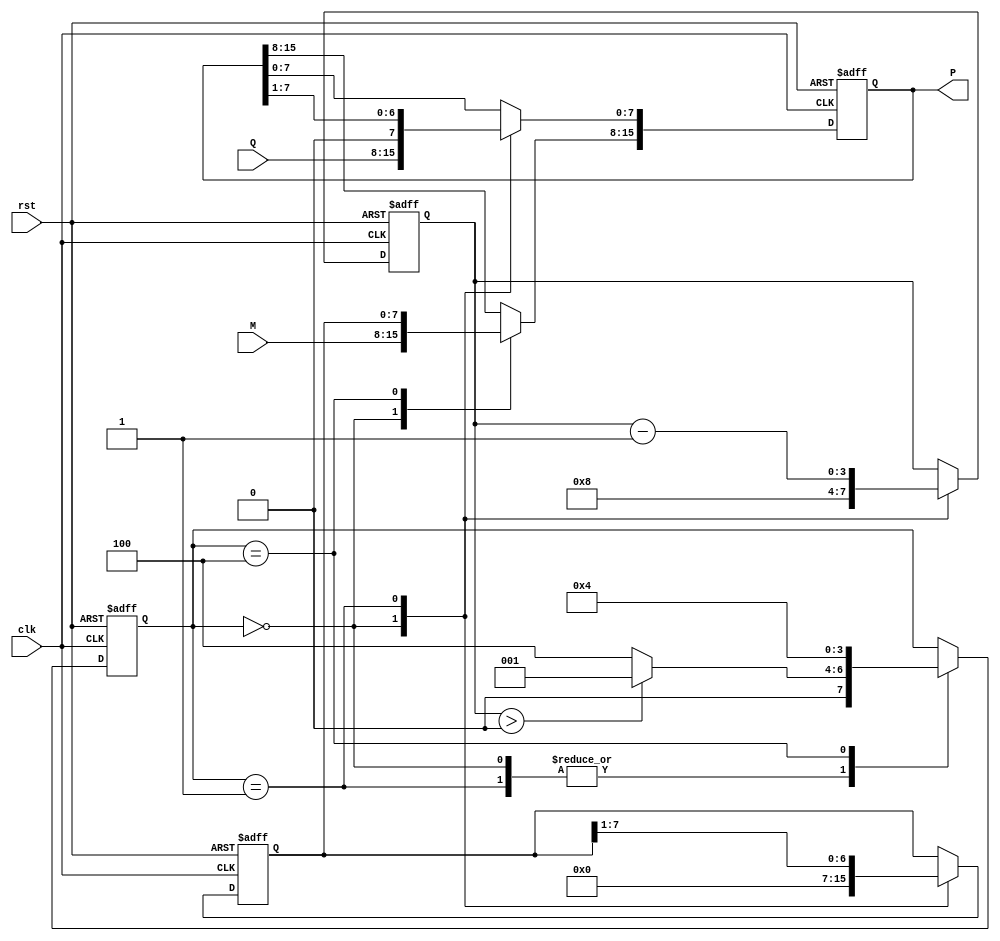
module booth_multiplier #(parameter N = 8) (
    input wire clk,
    input wire rst,
    input wire signed [N-1:0] M,      // Multiplicand
    input wire signed [N-1:0] Q,      // Multiplier
    output reg signed [2*N-1:0] P     // Product
);
    reg signed [N-1:0] A;              // Accumulator
    reg Q_1;                           // Previous bit register
    reg [3:0] state;                   // FSM state
    reg [3:0] count;                   // Iteration counter

    // Initial state definitions
    localparam INIT = 4'b0000, 
               SHIFT = 4'b0001, 
               ADD = 4'b0010, 
               SUB = 4'b0011, 
               DONE = 4'b0100;

    // Always block for state machine
    always @(posedge clk or posedge rst) begin
        if (rst) begin
            // Initialize registers
            A <= 0;
            Q_1 <= 0;
            P <= 0;
            count <= 0;
            state <= INIT;
        end else begin
            case(state)
                INIT: begin
                    // Load Initial Values
                    A <= 0;
                    P[N-1:0] <= Q;   // Load the multiplier into the lower half of P
                    P[N +: N] <= M;   // Load the multiplicand into the upper half of P
                    Q_1 <= 0;         // Initialize previous bit
                    count <= N;       // Set iteration count
                    state <= (count > 0) ? SHIFT : DONE;
                end

                SHIFT: begin
                    // Check the (Q[0], Q_1) conditions
                    case({P[0], Q_1})
                        2'b00: begin
                            // No operation
                        end
                        2'b01: begin
                            // A = A + M
                            A <= A + M;
                        end
                        2'b10: begin
                            // A = A - M
                            A <= A - M;
                        end
                        2'b11: begin
                            // No operation
                        end
                    endcase
                    
                    // Perform arithmetic right shift
                    {A, P[N-1:0]} <= {A, P[N-1:0]} >>> 1;  // Arithmetic shift
                    Q_1 <= P[0];   // Update previous bit
                    P[N-1:0] <= P[N-1:0] >> 1; // Shift Q
                    count <= count - 1;
                    state <= (count > 0) ? SHIFT : DONE; 
                end
                
                DONE: begin
                    P <= {A, P[N-1:0]}; // Store final product
                    state <= DONE; // Remain in done state
                end

            endcase
        end
    end
endmodule